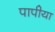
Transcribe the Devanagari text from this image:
पापीया